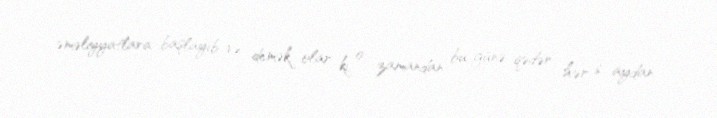
əməliyyatlara başlayıb və demək olar ki, o zamandan bu günə qədər hər 6 aydan